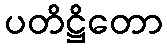
ပတိဋ္ဌိတော